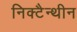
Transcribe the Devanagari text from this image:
निक्टैन्थीन